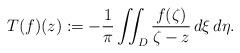
LaTeX: \begin{align*}T(f)(z) := -\frac{1}{\pi} \iint_D \frac{f(\zeta)}{\zeta - z} \,d\xi\,d\eta.\end{align*}